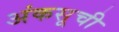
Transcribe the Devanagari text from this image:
अंकसूची